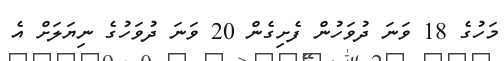
މަހުގެ 18 ވަނަ ދުވަހުން ފެށިގެން 20 ވަނަ ދުވަހުގެ ނިޔަލަށް އެ